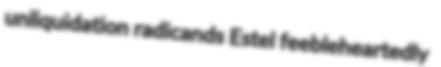
unliquidation radicands Estel feebleheartedly